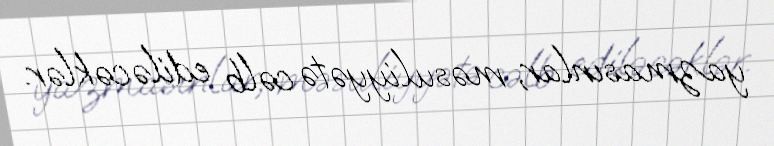
yazmasınlar, məsuliyyətə cəlb ediləcəklər.